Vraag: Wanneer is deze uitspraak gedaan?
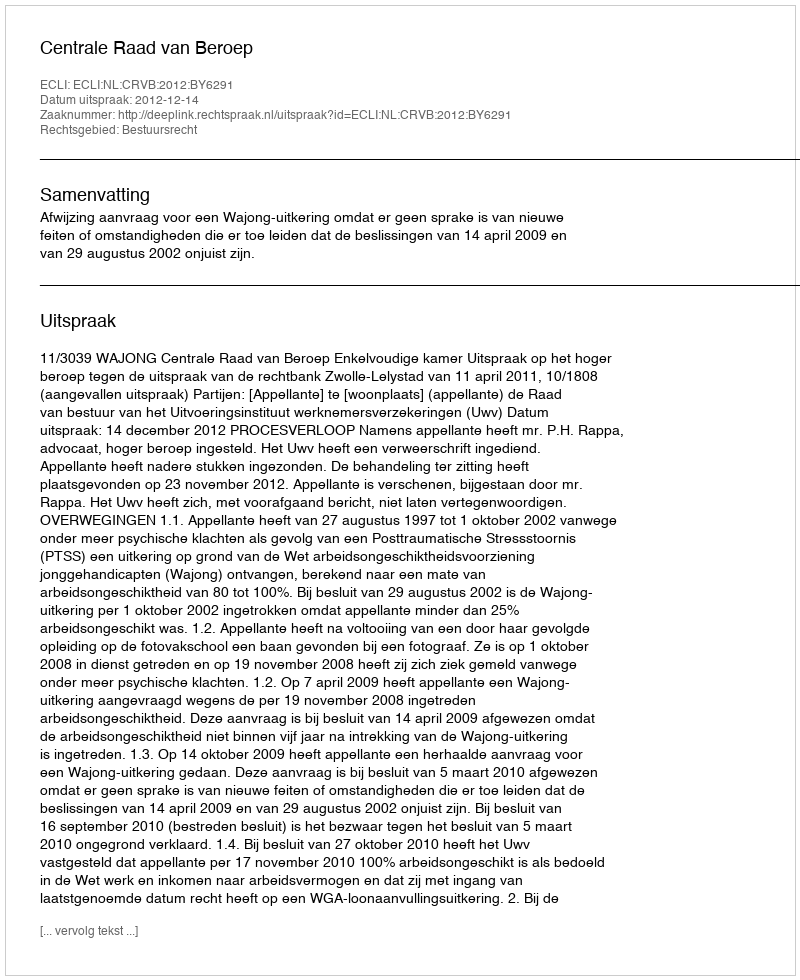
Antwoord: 2012-12-14